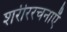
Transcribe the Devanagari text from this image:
शरीररचनाएँ